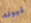
قبوله